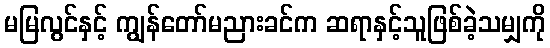
မမြလွင်နှင့် ကျွန်တော်မညားခင်က ဆရာနှင့်သူဖြစ်ခဲ့သမျှကို